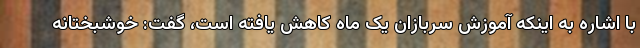
با اشاره به اینکه آموزش سربازان یک ماه کاهش یافته است، گفت: خوشبختانه